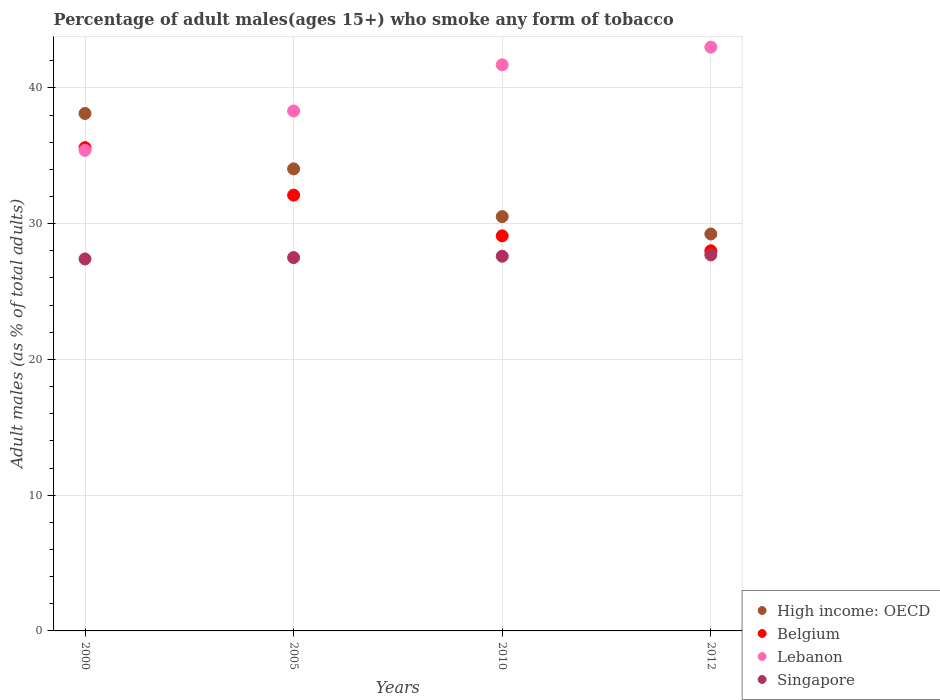
| Years | High income: OECD | Belgium | Lebanon | Singapore |
 | --- | --- | --- | --- | --- |
 | 2000 | 38.1 | 35.6 | 35.4 | 27.4 |
 | 2005 | 34 | 32.1 | 38.3 | 27.5 |
 | 2010 | 30.5 | 29.1 | 41.7 | 27.6 |
 | 2012 | 29.2 | 28 | 43 | 27.7 |